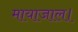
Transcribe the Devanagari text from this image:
मायाजाल।